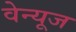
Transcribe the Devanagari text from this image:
वेन्यूज